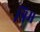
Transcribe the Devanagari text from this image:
त्रिम